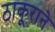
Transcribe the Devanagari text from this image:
ठाकूराने